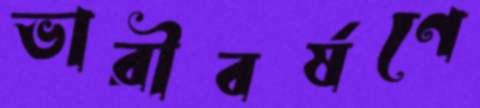
ভারীবর্ষণে